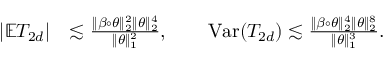
\begin{array} { r l } { | \mathbb { E } T _ { 2 d } | } & { \lesssim \frac { \| \beta \circ \theta \| _ { 2 } ^ { 2 } \| \theta \| _ { 2 } ^ { 4 } } { \| \theta \| _ { 1 } ^ { 2 } } , \qquad \mathrm { V a r } ( T _ { 2 d } ) \lesssim \frac { \| \beta \circ \theta \| _ { 2 } ^ { 4 } \| \theta \| _ { 2 } ^ { 8 } } { \| \theta \| _ { 1 } ^ { 3 } } . } \end{array}